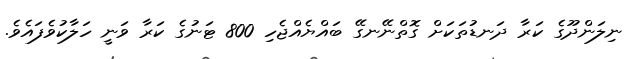
ނިލަންދޫގެ ކަރާ ދަނޑުތަކަށް ގޮތްނޭނގޭ ބައްޔެއްޖެހި 800 ޓަނުގެ ކަރާ ވަނީ ހަލާކުވެފައެވެ.